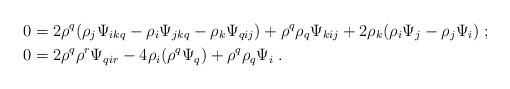
LaTeX: \begin{align*}&0=2\rho^q(\rho_j\Psi_{ikq}-\rho_i\Psi_{jkq}-\rho_k\Psi_{qij})+\rho^q\rho_q\Psi_{kij}+2\rho_k(\rho_i\Psi_j-\rho_j\Psi_i)\;;\\&0=2\rho^q\rho^r\Psi_{qir}-4\rho_i(\rho^q\Psi_q)+\rho^q\rho_q\Psi_i\;.\end{align*}